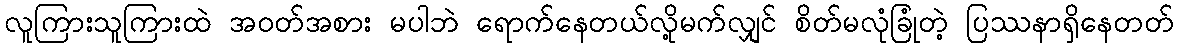
လူကြားသူကြားထဲ အဝတ်အစား မပါဘဲ ရောက်နေတယ်လို့မက်လျှင် စိတ်မလုံခြုံတဲ့ ပြဿနာရှိနေတတ်